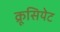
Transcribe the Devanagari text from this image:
क्रूसियेट